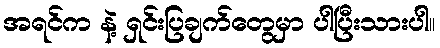
အရင်က နဲ့ ရှင်းပြချက်တွေမှာ ပါပြီးသားပါ။